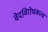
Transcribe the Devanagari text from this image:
वेदविरोधकत्व